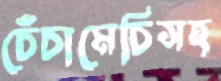
চেঁচামেচিসহ